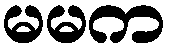
မမက